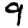
Digit: 9